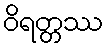
ဝိရတ္တဿ